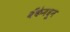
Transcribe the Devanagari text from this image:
बँकेमधून